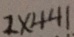
2 \times 4 4 1